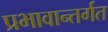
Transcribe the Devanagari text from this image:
प्रभावान्तर्गत